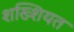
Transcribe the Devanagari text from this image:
शख्शियत